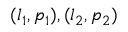
( l _ { 1 } , p _ { 1 } ) , ( l _ { 2 } , p _ { 2 } )